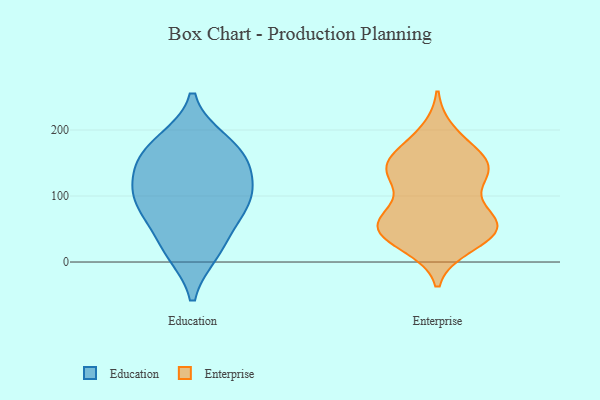
{"axis": {"x": "Bounce Rate (%)", "y": "Value"}, "legend": ["Education", "Enterprise"], "data": [{"x": "", "y": 150, "type": "Education"}, {"x": "", "y": 89, "type": "Education"}, {"x": "", "y": 181, "type": "Education"}, {"x": "", "y": 67, "type": "Education"}, {"x": "", "y": 102, "type": "Education"}, {"x": "", "y": 156, "type": "Education"}, {"x": "", "y": 16, "type": "Education"}, {"x": "", "y": 172, "type": "Education"}, {"x": "", "y": 120, "type": "Education"}, {"x": "", "y": 21, "type": "Education"}, {"x": "", "y": 92, "type": "Education"}, {"x": "", "y": 35, "type": "Enterprise"}, {"x": "", "y": 178, "type": "Enterprise"}, {"x": "", "y": 48, "type": "Enterprise"}, {"x": "", "y": 140, "type": "Enterprise"}, {"x": "", "y": 146, "type": "Enterprise"}, {"x": "", "y": 149, "type": "Enterprise"}, {"x": "", "y": 50, "type": "Enterprise"}, {"x": "", "y": 58, "type": "Enterprise"}, {"x": "", "y": 133, "type": "Enterprise"}, {"x": "", "y": 78, "type": "Enterprise"}, {"x": "", "y": 195, "type": "Enterprise"}, {"x": "", "y": 61, "type": "Enterprise"}, {"x": "", "y": 136, "type": "Enterprise"}, {"x": "", "y": 128, "type": "Enterprise"}, {"x": "", "y": 57, "type": "Enterprise"}, {"x": "", "y": 26, "type": "Enterprise"}, {"x": "", "y": 68, "type": "Enterprise"}, {"x": "", "y": 151, "type": "Enterprise"}, {"x": "", "y": 41, "type": "Enterprise"}]}